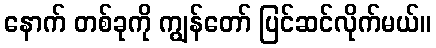
နောက် တစ်ခုကို ကျွန်တော် ပြင်ဆင်လိုက်မယ်။